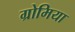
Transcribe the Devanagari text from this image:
ग्रोमिया